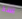
اسد